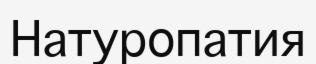
Натуропатия